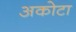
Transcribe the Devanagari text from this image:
अकोटा